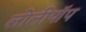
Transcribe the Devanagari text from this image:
लोलीपॉप